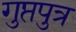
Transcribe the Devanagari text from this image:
गुप्तपुत्र